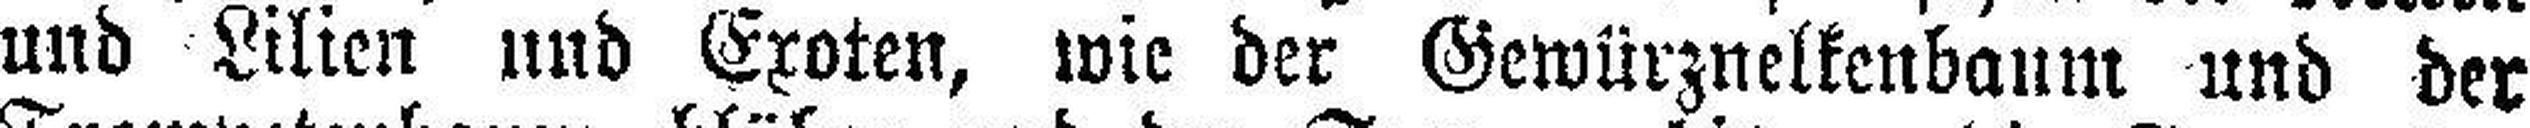
und Lilien und Exoten, wie der Gewürznelkenbaum und der